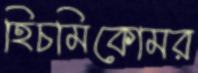
হিচমিকোমর